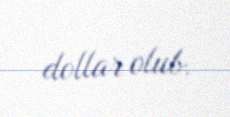
dollar olub.